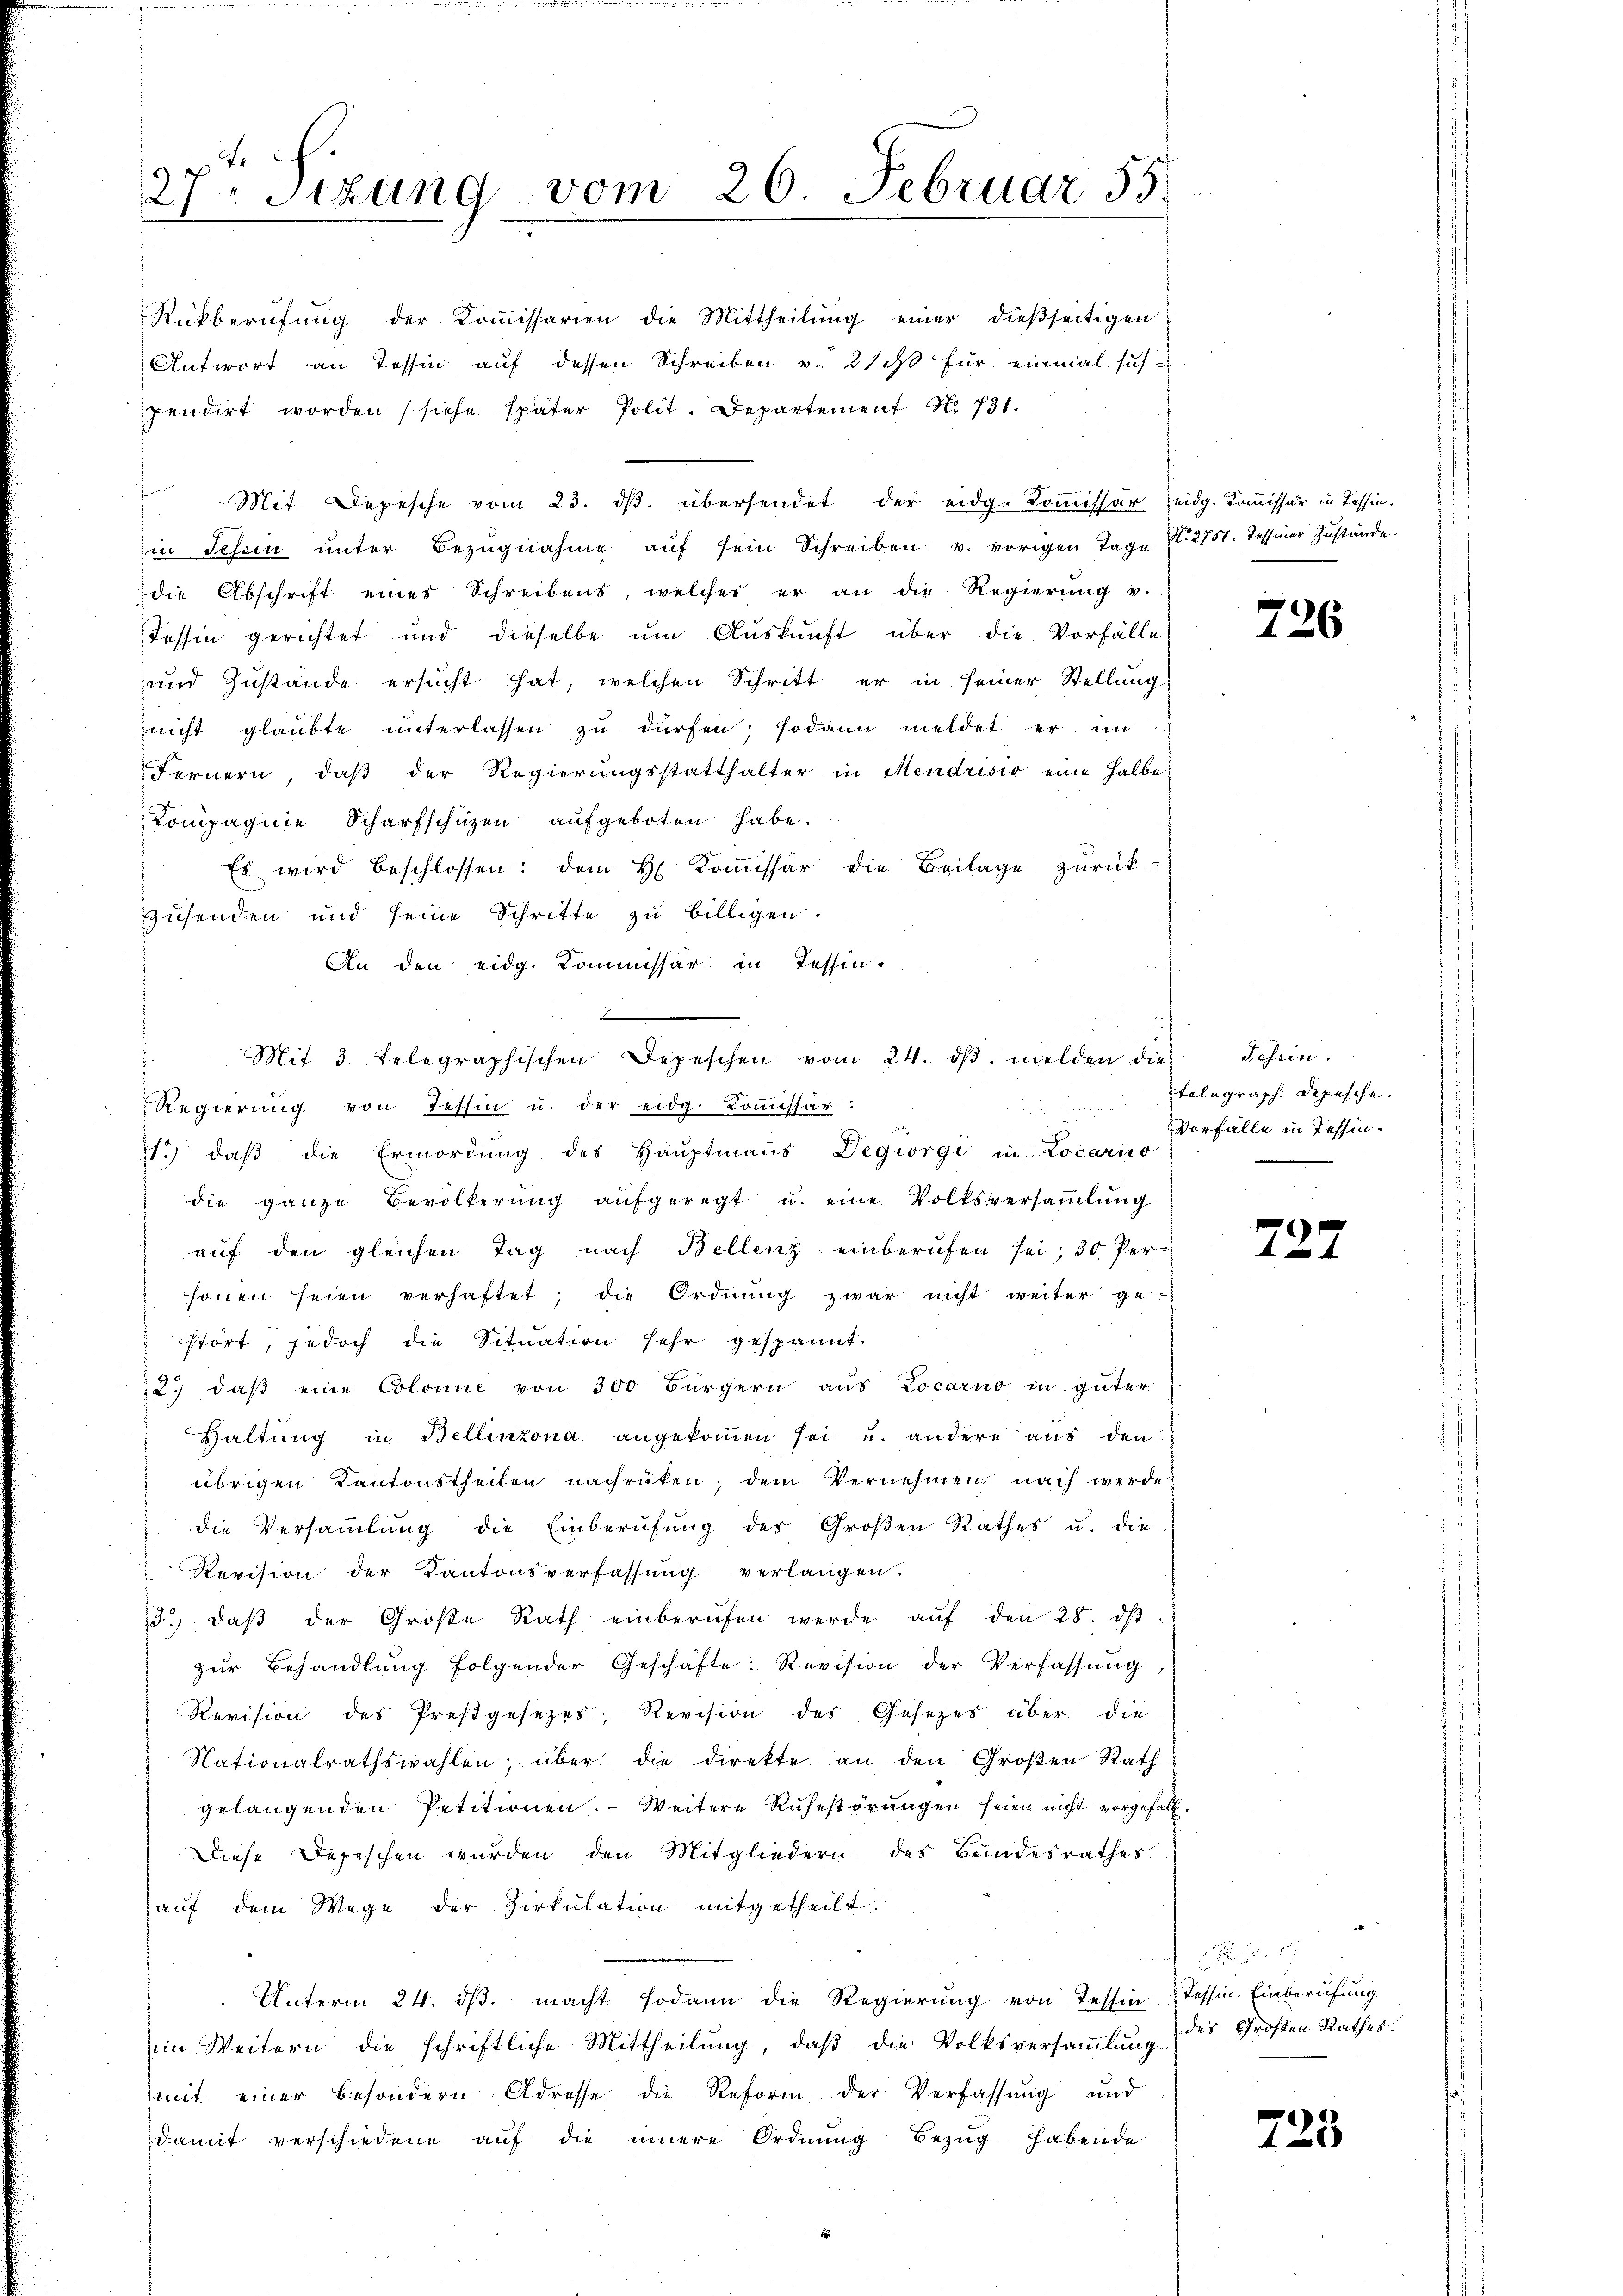
27. Sizung

Rückberŭfŭng der Koṁissarien die Mittheilŭng einer dieβseitigen
Antwort an Tessin auf dessen Schreiben v. 210 für einmal sich
pendirt worden (siehe später Polit. Departement Nr. 731.
for
Mit Depesche vom 23. ds. übersendet der eidg. Kommissär eidg. Kommissär in Tessin.
in Tessin ŭnter Bezŭgnahme aŭf sein Schreiben v. vorigen Tage N. 2751. Tessiner Zustände.
die Abschrift eines Schreibens, welches er an die Regierŭng v.
Tessin gerichtet und dieselbe um Auskunft über die Vorfälle
und Zustände ersucht hat, welchen Schritt er in seiner Stellung
nicht glaubte unterlassen zu dürfen; sodann meldet er in
Fernern, daβ der Regierŭngsstatthalter in Mendrisio eine halbe
Kompagnie Scharfschüzen aufgeboten habe.
Es wird beschlossen: dem H. Koṁissär die Beilage zŭrück-
zusenden und seine Schritte zu billigen.
An den eidg. Kommissär in Tessin.
71.) daβ die Ermordŭng des Haŭptmaṅs Degiorgi in Locarico
" die ganze Bevölkerŭng aŭfgeregt u. eine Volksversaṁlŭng
aŭf den gleichen Tag nach Bellenz einberufen sei; 30 Per-
sonen seien verhaftet; die Ordnung zwar nicht weiter ge-
sstört, jedoch die Situation sehr gespannt.
2.) daß eine Colonne von 300 Bürgern aus Locarno in güter
Haltung in Bellinzona angekoṁen sei u. andere aus den
übrigen Kantonstheilen nachrüken, dem Vernehmen nach werde
die Versammlung die Einberufung des Großen Rathes u. die
Revision der Kantonsverfassŭng verlangen.
3. daβ der Große Rath einberufen werde aŭf den 28. dβ
zŭr Behandlŭng folgender Geschäfte: Revision der Verfassung,
Revision des Preßgesetzes, Revision des Gesetzes über die
Nationalrathswahlen, über die direkte an den Großen Rath
gelangenden Petitionen. Weitere Ruhestörungen seien nicht vorgefall
Diese Depeschen wurden den Mitgliedern des Bundesrathes
aŭf dem Wege der Zirkŭlation mitgetheilt.
Unterm 24. dβ. macht sodann die Regierung von Tessin Tessin. Einberufung
im Weitern die schriftliche Mittheilung, daβ die Volksversaṁlŭng
mit einer besondern Adresse die Reform der Verfassung und
damit verschiedene auf die innere Ordnung Bezug habende

vom 26. Februar 55.

Mit 3. Telegraphischen Depeschen vom 24. dβ. melden die Schein-
Regierŭng von Tessin u. der eidg. Koṁissar.

726

telegraph. Depesche.
Vorfälle in Tessin.

227

des Großen Rathes.

728